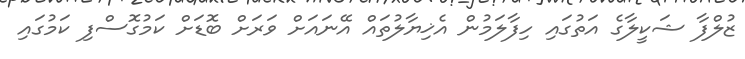
ޒުލްފާ ޝަކީލާގެ އަތުގައި ހިފާލަމުން އެޚިޔާލުތައް އޭނައަށް ވަރަށް ބޮޑަށް ކަމުގޮސްފި ކަމުގައި